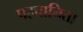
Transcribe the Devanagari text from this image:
पहचानिता